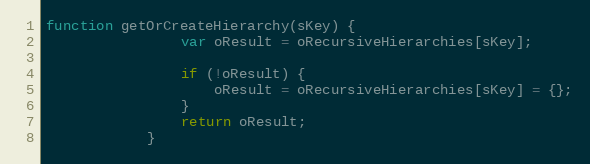
Language: JavaScript
function getOrCreateHierarchy(sKey) {
				var oResult = oRecursiveHierarchies[sKey];

				if (!oResult) {
					oResult = oRecursiveHierarchies[sKey] = {};
				}
				return oResult;
			}